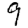
Digit: 9